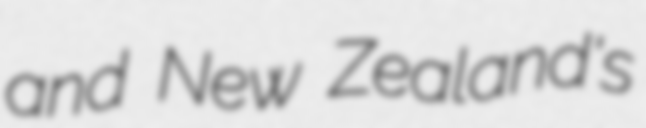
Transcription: and New Zealand's